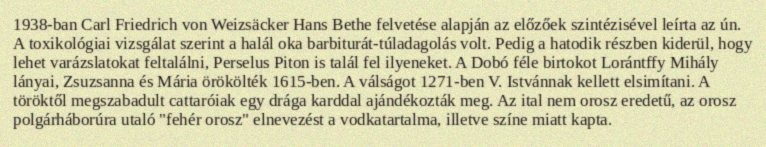
1938-ban Carl Friedrich von Weizsäcker Hans Bethe felvetése alapján az előzőek szintézisével leírta az ún. A toxikológiai vizsgálat szerint a halál oka barbiturát-túladagolás volt. Pedig a hatodik részben kiderül, hogy lehet varázslatokat feltalálni, Perselus Piton is talál fel ilyeneket. A Dobó féle birtokot Lorántffy Mihály lányai, Zsuzsanna és Mária örökölték 1615-ben. A válságot 1271-ben V. Istvánnak kellett elsimítani. A töröktől megszabadult cattaróiak egy drága karddal ajándékozták meg. Az ital nem orosz eredetű, az orosz polgárháborúra utaló "fehér orosz" elnevezést a vodkatartalma, illetve színe miatt kapta.